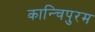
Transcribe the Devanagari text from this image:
कान्चिपुरम